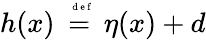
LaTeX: h(x)\stackrel{\mathrm{~\tiny~{~d~e~f~}~}}{=}\eta(x)+d